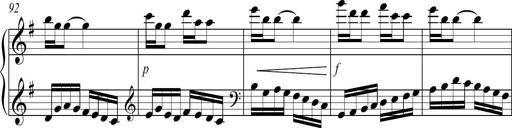
Title: Sonatina no. 2
Composer: Brian Henderson-Sellers
Key: G major